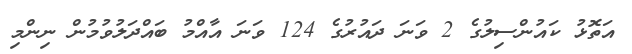
އަތޮޅު ކައުންސިލުގެ 2 ވަނަ ދައުރުގެ 124 ވަނަ އާއްމު ބައްދަލުވުމުން ނިންމި